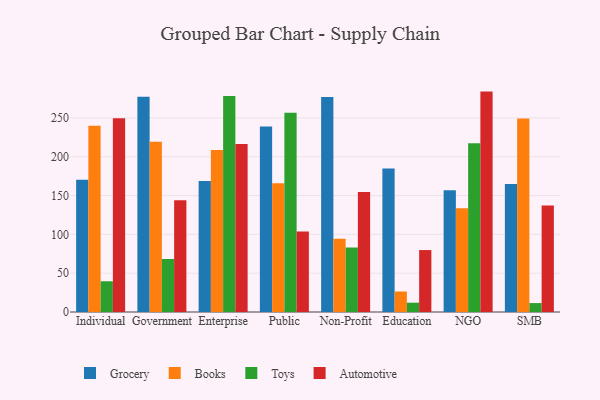
{"axis": {"x": "Segment", "y": "Budget (USD K)"}, "legend": ["Automotive", "Books", "Grocery", "Toys"], "data": [{"x": "Individual", "y": 170.2, "type": "Grocery"}, {"x": "Individual", "y": 239.8, "type": "Books"}, {"x": "Individual", "y": 39.6, "type": "Toys"}, {"x": "Individual", "y": 249.6, "type": "Automotive"}, {"x": "Government", "y": 277.3, "type": "Grocery"}, {"x": "Government", "y": 219.3, "type": "Books"}, {"x": "Government", "y": 68.3, "type": "Toys"}, {"x": "Government", "y": 144.1, "type": "Automotive"}, {"x": "Enterprise", "y": 168.7, "type": "Grocery"}, {"x": "Enterprise", "y": 208.8, "type": "Books"}, {"x": "Enterprise", "y": 278.3, "type": "Toys"}, {"x": "Enterprise", "y": 216.4, "type": "Automotive"}, {"x": "Public", "y": 238.9, "type": "Grocery"}, {"x": "Public", "y": 166.0, "type": "Books"}, {"x": "Public", "y": 256.8, "type": "Toys"}, {"x": "Public", "y": 103.8, "type": "Automotive"}, {"x": "Non-Profit", "y": 277.0, "type": "Grocery"}, {"x": "Non-Profit", "y": 94.5, "type": "Books"}, {"x": "Non-Profit", "y": 83.2, "type": "Toys"}, {"x": "Non-Profit", "y": 154.6, "type": "Automotive"}, {"x": "Education", "y": 184.9, "type": "Grocery"}, {"x": "Education", "y": 26.4, "type": "Books"}, {"x": "Education", "y": 12.0, "type": "Toys"}, {"x": "Education", "y": 79.8, "type": "Automotive"}, {"x": "NGO", "y": 156.8, "type": "Grocery"}, {"x": "NGO", "y": 133.7, "type": "Books"}, {"x": "NGO", "y": 217.3, "type": "Toys"}, {"x": "NGO", "y": 283.9, "type": "Automotive"}, {"x": "SMB", "y": 165.0, "type": "Grocery"}, {"x": "SMB", "y": 249.2, "type": "Books"}, {"x": "SMB", "y": 11.5, "type": "Toys"}, {"x": "SMB", "y": 137.3, "type": "Automotive"}]}